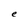
Character: e